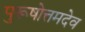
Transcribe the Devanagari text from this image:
पुरूषोत्तमदेव